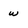
Character: W